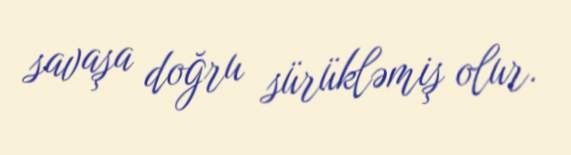
savaşa doğru sürükləmiş olur.